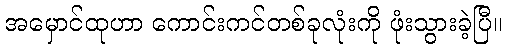
အမှောင်ထုဟာ ကောင်းကင်တစ်ခုလုံးကို ဖုံးသွားခဲ့ပြီ။